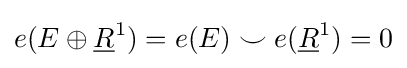
e(E\oplus {\underline {R}}^{1})=e(E)\smile e({\underline {R}}^{1})=0